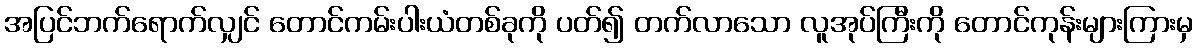
အပြင်ဘက်ရောက်လျှင် တောင်ကမ်းပါးယံတစ်ခုကို ပတ်၍ တက်လာသော လူအုပ်ကြီးကို တောင်ကုန်းများကြားမှ